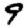
Digit: 9